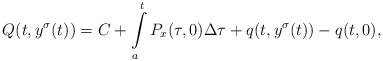
\begin{align*}Q(t,y^{\sigma}(t))=C+\int\limits_{a}^{t}P_{x}(\tau,0)\Delta \tau+q(t,y^{\sigma}(t))-q(t,0),\end{align*}